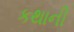
કથાની